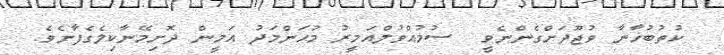
ކުތުބުޚާނާ ވުޖޫދަށްގެންނެވީ  ސުމުއްވުލްއަމީރު މުޙަންމަދު އަމީން ދޮށިމޭނާކިލެގެފާނެވެ.